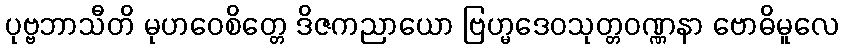
ပုဗ္ဗဘာသီတိ မုဟဝေစိတ္တေ ဒိဇကညာယော ဗြဟ္မဒေဝသုတ္တဝဏ္ဏနာ ဗောဓိမူလေ